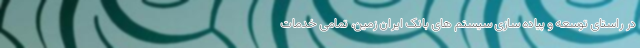
در راستای توسعه و پیاده سازی سیستم های بانک ایران زمین، تمامی خدمات